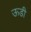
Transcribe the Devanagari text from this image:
ऊडी